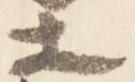
等